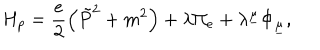
H _ { p } = \frac { e } { 2 } \left( \tilde { P } ^ { 2 } + m ^ { 2 } \right) + \lambda \Pi _ { e } + \lambda ^ { \underline { { { \mu } } } } \Phi _ { \underline { { { \mu } } } } ,